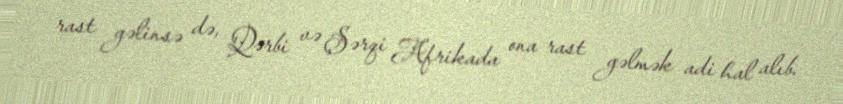
rast gəlinsə də, Qərbi və Şərqi Afrikada ona rast gəlmək adi hal alıb.